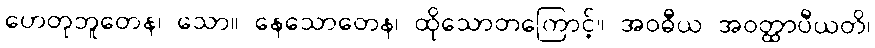
ဟေတုဘူတေန၊ သော။ နေသောတေန၊ ထိုသောတကြောင့်။ အဝဓီယ အဝတ္ထာပီယတိ၊